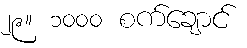
၂၉။ ၁၀၀၀ စက်ချောင်